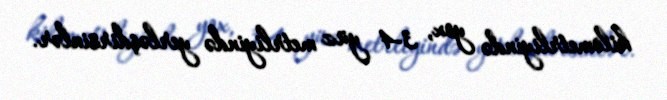
kilometrliyində yox, 3-4 yüz metrliyində yerləşdirsinlər.